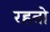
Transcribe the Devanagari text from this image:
रहतो